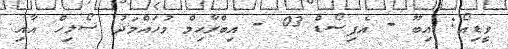
ވީޑިއޯ: އިބޫ - އެޕިސޯޑް 03 - އިބްރާހިމް މުހައްމަދު ސޯލިހް އާއި